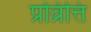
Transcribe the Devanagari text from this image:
प्रव्रित्ति